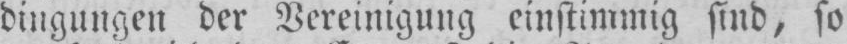
dingungen der Vereinigung einstimmig sind, so